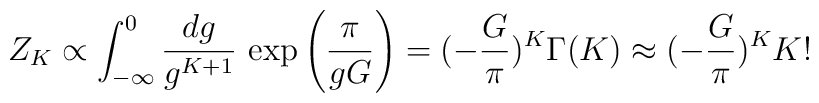
Z_K\propto \int_{-\infty}^0\frac{dg}{g^{K+1}}\, \exp \left(\frac{\pi}{gG}\right) =(-\frac{G}{\pi})^K \Gamma(K) \approx (-\frac{G}{\pi})^K K!